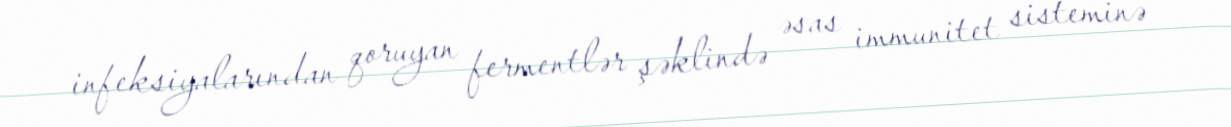
infeksiyalarından qoruyan fermentlər şəklində əsas immunitet sisteminə